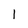
Character: 1